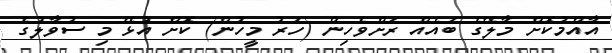
އާއްމުކޮށް މާލޭގެ ބައެއް ރަށްވެހިން (ހަރު މީހުން) ކޮށް އުޅޭ މި ސުވާލުގެ